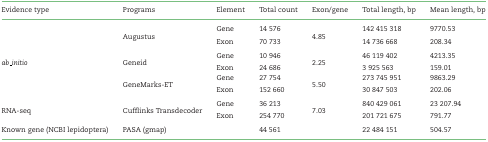
<table><thead><tr><td><b>Evidence type</b></td><td><b>Programs</b></td><td><b>Element</b></td><td><b>Total count</b></td><td><b>Exon/gene</b></td><td><b>Total length, bp</b></td><td><b>Mean length, bp</b></td></tr></thead><tbody><tr><td></td><td></td><td>Gene</td><td>14 576</td><td></td><td>142 415 318</td><td>9770.53</td></tr><tr><td></td><td>Augustus</td><td></td><td></td><td>4.85</td><td></td><td></td></tr><tr><td></td><td></td><td>Exon</td><td>70 733</td><td></td><td>14 736 668</td><td>208.34</td></tr><tr><td></td><td></td><td>Gene</td><td>10 946</td><td></td><td>46 119 402</td><td>4213.35</td></tr><tr><td><i>ab_initio</i></td><td>Geneid</td><td></td><td></td><td>2.25</td><td></td><td></td></tr><tr><td></td><td></td><td>Exon</td><td>24 686</td><td></td><td>3 925 563</td><td>159.01</td></tr><tr><td></td><td></td><td>Gene</td><td>27 754</td><td></td><td>273 745 951</td><td>9863.29</td></tr><tr><td></td><td>GeneMarks-ET</td><td></td><td></td><td>5.50</td><td></td><td></td></tr><tr><td></td><td></td><td>Exon</td><td>152 660</td><td></td><td>30 847 503</td><td>202.06</td></tr><tr><td></td><td></td><td>Gene</td><td>36 213</td><td></td><td>840 429 061</td><td>23 207.94</td></tr><tr><td>RNA-seq</td><td>Cufflinks Transdecoder</td><td></td><td></td><td>7.03</td><td></td><td></td></tr><tr><td></td><td></td><td>Exon</td><td>254 770</td><td></td><td>201 721 675</td><td>791.77</td></tr><tr><td>Known gene (NCBI lepidoptera)</td><td>PASA (gmap)</td><td></td><td>44 561</td><td></td><td>22 484 151</td><td>504.57</td></tr></tbody></table>